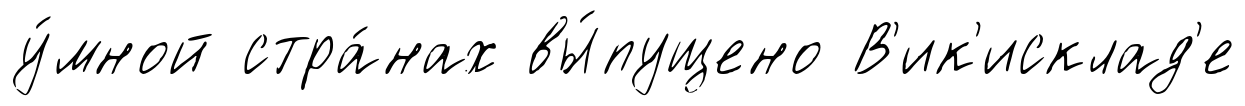
у́мной стра́нах вы́пущено В'ик'исклад'е